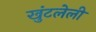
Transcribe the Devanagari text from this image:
खुंटलेली